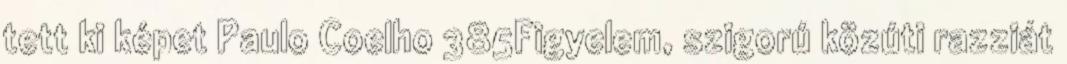
tett ki képet Paulo Coelho 385Figyelem, szigorú közúti razziát